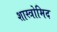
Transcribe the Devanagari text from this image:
शास्त्रोमिद